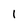
Character: 1